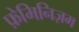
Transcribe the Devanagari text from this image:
फ़ेमिनिज़म